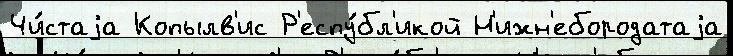
Чи́стаjа Копылв'ис Р'еспу́бл'икой Н'ижн'ебородатаjа